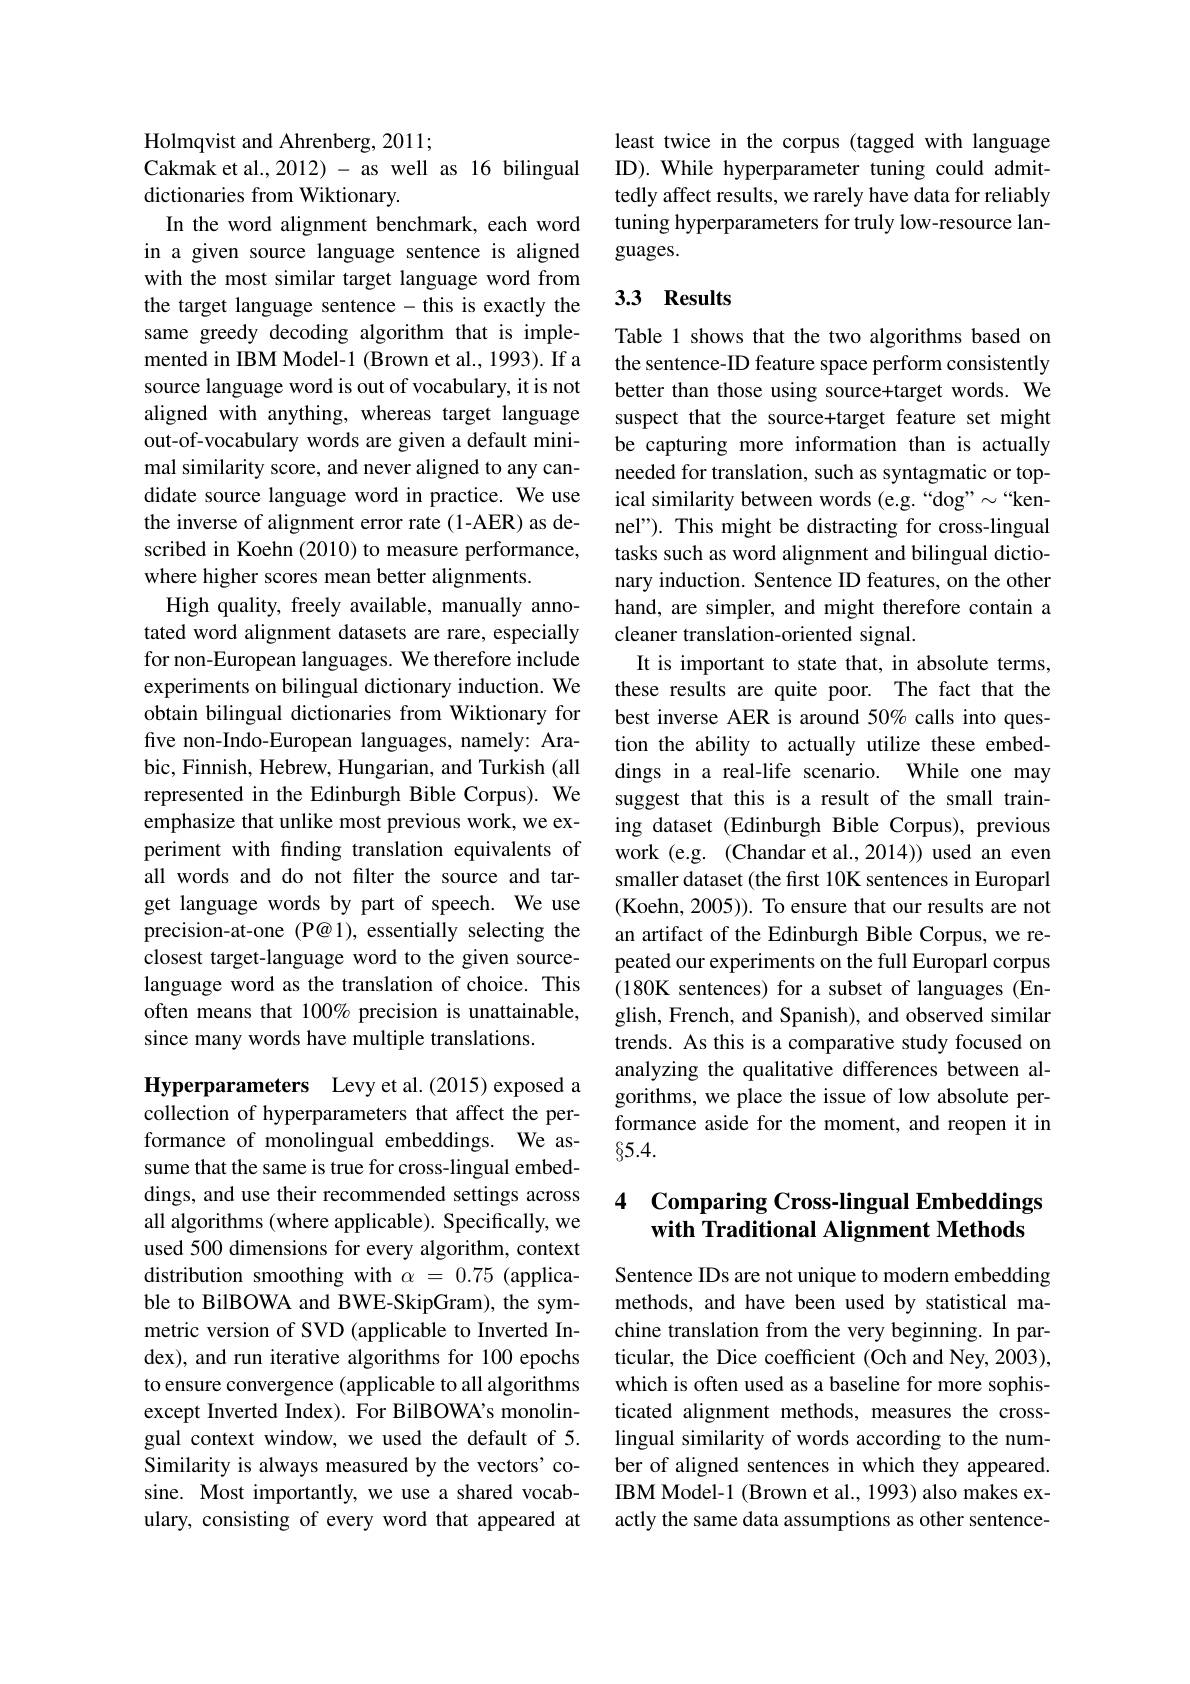
Holmqvist and Ahrenberg, 2011;
Cakmak et al., 2012) - as well as 16 bilingual
dictionaries from Wiktionary.
In the word alignment benchmark, each word in a given source language sentence is aligned with the most similar target language word from the target language sentence -this is exactly the same greedy decoding algorithm that is implemented in IBM Model-1 (Brown et al., 1993). If a source language word is out of vocabulary, it is not aligned with anything, whereas target language out-of-vocabulary words are given a default minimal similarity score, and never aligned to any candidate source language word in practice. We use the inverse of alignment error rate (1-AER) as described in Koehn (2010) to measure performance, where higher scores mean better alignments.
High quality, freely available, manually annotated word alignment datasets are rare, especially for non-European languages. We therefore include experiments on bilingual dictionary induction. We obtain bilingual dictionaries from Wiktionary for five non-Indo-European languages, namely: Arabic, Finnish, Hebrew, Hungarian, and Turkish (all represented in the Edinburgh Bible Corpus). We emphasize that unlike most previous work, we experiment with finding translation equivalents of all words and do not filter the source and target language words by part of speech. We use precision-at-one (P@1), essentially selecting the closest target-language word to the given sourcelanguage word as the translation of choice. This often means that 100% precision is unattainable, since many words have multiple translations.

Hyperparameters Levy et al.(2015) exposed a collection of hyperparameters that affect the performance of monolingual embeddings. We assume that the same is true for cross-lingual embeddings, and use their recommended settings across all algorithms (where applicable). Specifically, we used 500 dimensions for every algorithm, context distribution smoothing with $\alpha=0.75$ (applicable to BilBOWA and BWE-SkipGram), the symmetric version of SVD (applicable to Inverted Index), and run iterative algorithms for 100 epochs to ensure convergence (applicable to all algorithms except Inverted Index). For BilBOWA's monolingual context window, we used the default of 5. Similarity is always measured by the vectors' cosine. Most importantly, we use a shared vocabulary, consisting of every word that appeared at

least twice in the corpus (tagged with language ID). While hyperparameter tuning could admittedly affect results, we rarely have data for reliably tuning hyperparameters for truly low-resource languages.

### 3.3 Results

Table 1 shows that the two algorithms based on the sentence-ID feature space perform consistently better than those using source+target words. We suspect that the source+target feature set might be capturing more information than is actually needed for translation, such as syntagmatic or topical similarity between words (e.g.“dog”" "kennel"). This might be distracting for cross-lingual tasks such as word alignment and bilingual dictionary induction. Sentence ID features, on the other hand, are simpler, and might therefore contain a cleaner translation-oriented signal.
It is important to state that, in absolute terms, these results are quite poor. The fact that the best inverse AER is around 50% calls into question the ability to actually utilize these embeddings in a real-life scenario. While one may suggest that this is a result of the small training dataset (Edinburgh Bible Corpus), previous work (e.g. (Chandar et al.,2014)) used an even smaller dataset (the first 10K sentences in Europarl (Koehn, 2005)). To ensure that our results are not an artifact of the Edinburgh Bible Corpus, we repeated our experiments on the full Europarl corpus (180K sentences) for a subset of languages (English, French, and Spanish), and observed similar trends. As this is a comparative study focused on analyzing the qualitative differences between algorithms, we place the issue of low absolute performance aside for the moment, and reopen it in $\S5.4.$

# 4 Comparing Cross-lingual Embeddings with Traditional Alignment Methods

Sentence IDs are not unique to modern embedding methods, and have been used by statistical machine translation from the very beginning. In particular, the Dice coefficient (Och and Ney, 2003), which is often used as a baseline for more sophisticated alignment methods, measures the crosslingual similarity of words according to the number of aligned sentences in which they appeared. IBM Model-1 (Brown et al., 1993) also makes exactly the same data assumptions as other sentence-